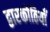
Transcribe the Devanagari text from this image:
द्वारकोठियाँ